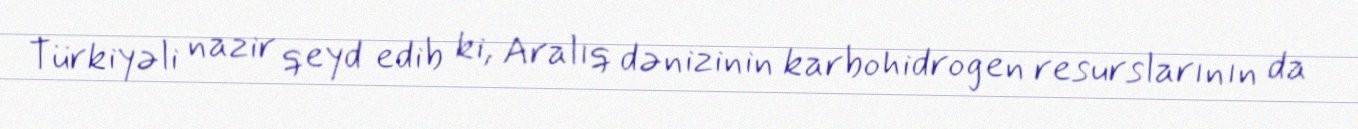
Türkiyəli nazir qeyd edib ki, Aralıq dənizinin karbohidrogen resurslarının da